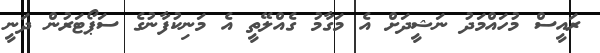
ރައީސް މުހައްމަދު ނަޝީދަށް އެ މަގާމު ގެއްލޭތީ އެ މަނިކުފާނުގެ ސަޕޯޓަރުން ދަނީ